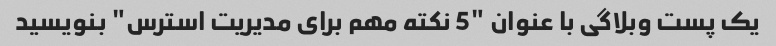
یک پست وبلاگی با عنوان "5 نکته مهم برای مدیریت استرس" بنویسید